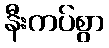
နီးကပ်စွာ